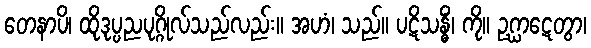
တေနာပိ၊ ထိုဒုပ္ပညပုဂ္ဂိုလ်သည်လည်း။ အဟံ၊ သည်။ ပဋိသန္ဓိံ၊ ကို။ ဥဂ္ဃာဋေတွာ၊